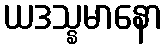
ယဒသ္နမာနော